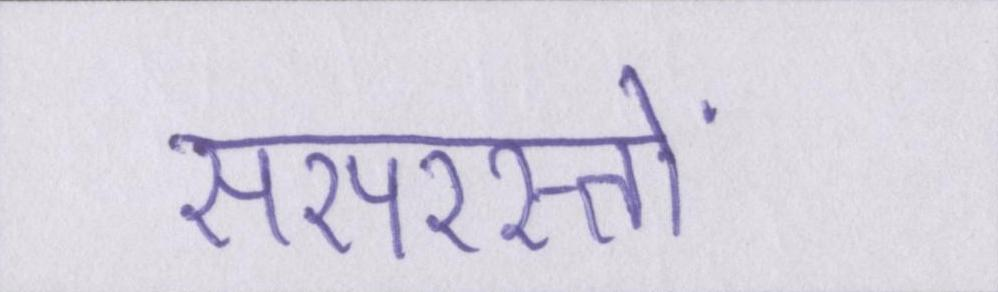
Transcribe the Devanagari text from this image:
सरपरस्तों